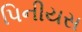
પિનીયસ